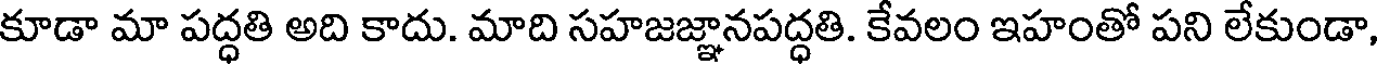
కూడా మా పద్ధతి అది కాదు. మాది సహజజ్ఞానపద్ధతి. కేవలం ఇహంతో పని లేకుండా,